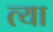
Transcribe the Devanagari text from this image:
त्या